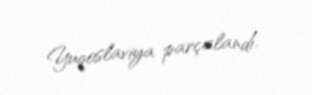
Yuqoslaviya parçalandı.